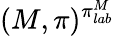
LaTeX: (M,\pi)^{\pi_{lab}^{M}}